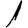
Digit: 1